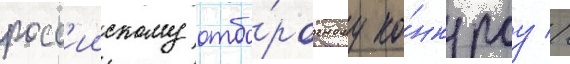
росс'иискому отбо́рочному ко́нкурсу //